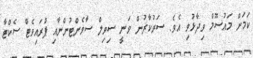
ކަމަށް މައުސޫމް ވިދާޅުވި އެވެ. ސަރުކާރުން ވަނީ ސިވިލް ސާވެންޓުންނާއި ޕްރައިވެޓް ސެކްޓާ